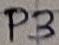
Text: P3